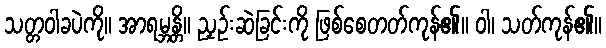
သတ္တဝါခပဲကို။ အာရမ္ဘန္တိ။ ညှဉ်းဆဲခြင်းကို ဖြစ်စေတတ်ကုန်၏။ ဝါ၊ သတ်ကုန်၏။